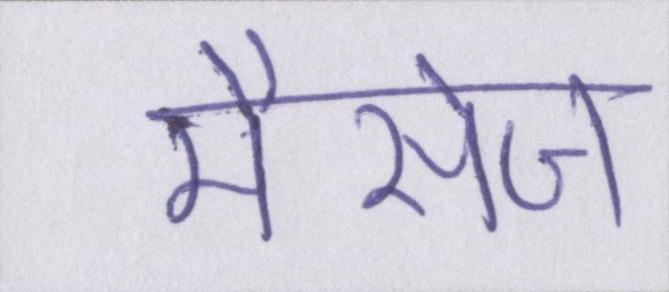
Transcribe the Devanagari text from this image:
मैसेज